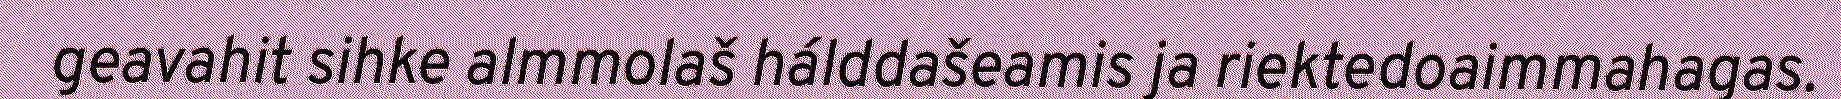
geavahit sihke almmolaš hálddašeamis ja riektedoaimmahagas.